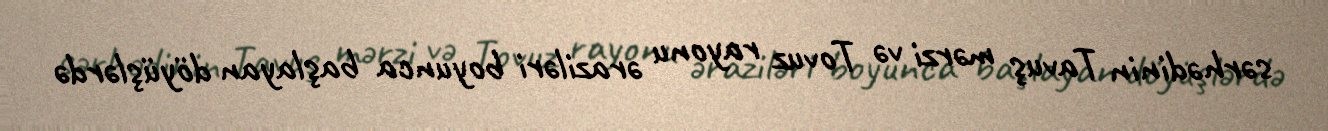
sərhədinin Tavuş mərzi və Tovuz rayonu əraziləri boyunca başlayan döyüşlərdə